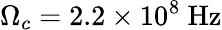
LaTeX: \Omega_{c}=2.2\times 10^{8}~\mathrm{Hz}